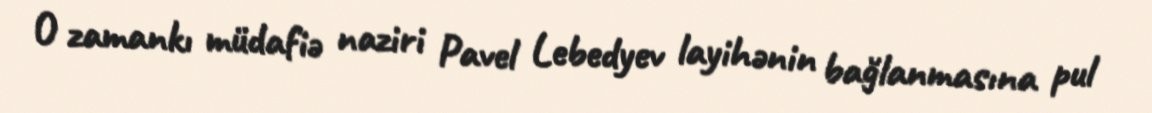
O zamankı müdafiə naziri Pavel Lebedyev layihənin bağlanmasına pul